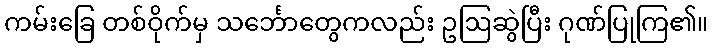
ကမ်းခြေ တစ်ဝိုက်မှ သင်္ဘောတွေကလည်း ဥဩဆွဲပြီး ဂုဏ်ပြုကြ၏။